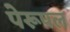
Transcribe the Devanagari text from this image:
पेरूपल